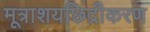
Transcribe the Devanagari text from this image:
मूत्राशयछिद्रीकरण